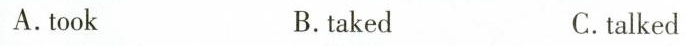
A. took B.taked C. talked